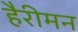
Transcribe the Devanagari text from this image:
हैरीमन